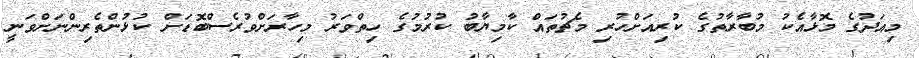
މިއަދުގެ މޮޅާއެކު މުބާރާތުގެ ކުރިއަށްހުރި މެޗުތައް ކާމިޔާބު ކުރުމުގެ ހިތްވަރު މިހާރަށްވުރެސްބޮޑަށް ކުޅުންތެރިންނަށްވަނީ